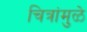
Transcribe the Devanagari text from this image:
चित्रांमुळे